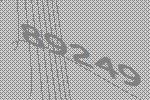
89249